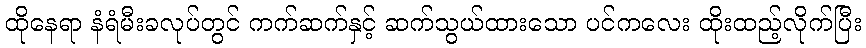
ထိုနေရာ နံရံမီးခလုပ်တွင် ကက်ဆက်နှင့် ဆက်သွယ်ထားသော ပင်ကလေး ထိုးထည့်လိုက်ပြီး